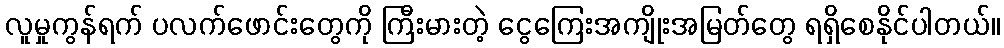
လူမှုကွန်ရက် ပလက်ဖောင်းတွေကို ကြီးမားတဲ့ ငွေကြေးအကျိုးအမြတ်တွေ ရရှိစေနိုင်ပါတယ်။